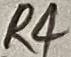
Text: R4